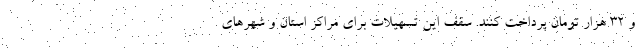
و ۳۲ هزار تومان پرداخت کنند. سقف این تسهیلات برای مراکز استان و شهرهای